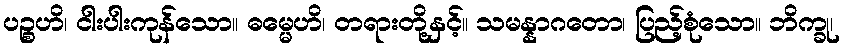
ပဉ္စဟိ၊ ငါးပါးကုန်သော။ ဓမ္မေဟိ၊ တရားတို့နှင့်။ သမန္နာဂတော၊ ပြည့်စုံသော။ ဘိက္ခု၊